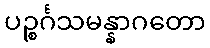
ပဉ္စင်္ဂသမန္နာဂတော